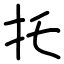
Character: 托